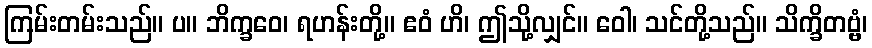
ကြမ်းတမ်းသည်။ ပ။ ဘိက္ခဝေ၊ ရဟန်းတို့။ ဧဝံ ဟိ၊ ဤသို့လျှင်။ ဝေါ၊ သင်တို့သည်။ သိက္ခိတဗ္ဗံ၊